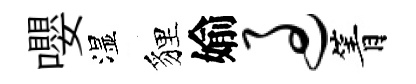
嚶湿貍媮过箐